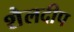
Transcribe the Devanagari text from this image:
शैलदीप